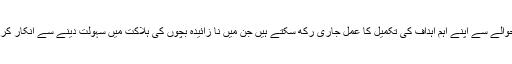
موجودہ انتظامیہ نے ثابت کیا ہے کہ ہم عالمگیر صحت کے حوالے سے اپنے اہم اہداف کی تکمیل کا عمل جاری رکھ سکتے ہیں جن میں نا زائیدہ بچوں کی ہلاکت میں سہولت دینے سے انکار کرتے ہوئے خواتین کو طبی نگہداشت کی فراہمی بھی شامل ہے۔